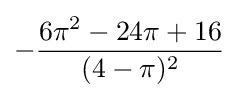
-{\frac {6\pi ^{2}-24\pi +16}{(4-\pi )^{2}}}